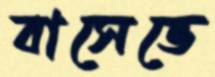
বাসেভে